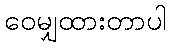
ဝေမျှထားတာပါ